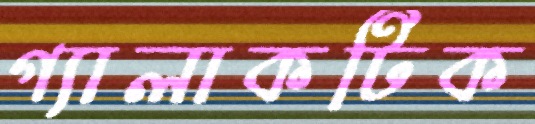
গ্যালাকটিক